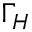
\Gamma _ { H }